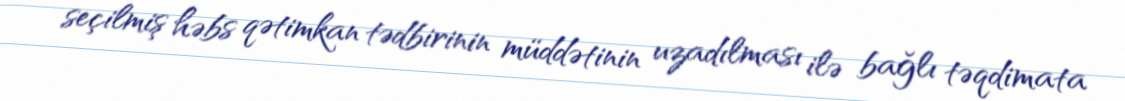
seçilmiş həbs qətimkan tədbirinin müddətinin uzadılması ilə bağlı təqdimata